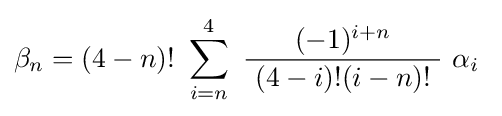
\beta _{n}=(4-n)!\ \sum _{i=n}^{4}\ {\frac {\ (-1)^{i+n}\ }{\ (4-i)!(i-n)!\ }}\ \alpha _{i}~